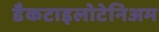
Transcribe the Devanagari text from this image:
डैकटाइलोटेनिअम